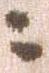
ニ